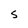
Character: S